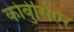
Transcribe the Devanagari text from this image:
कोर्बुसिएर